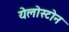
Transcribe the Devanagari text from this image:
येलोस्टोन